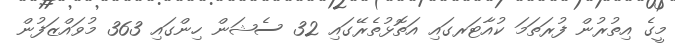
މީގެ އިތުރުން ފުރަތަމަ ކުއާޓަރގައި އަތޮޅުތެރޭގައި 32 ސެޝަން ހިންގައި 363 މުވައްޒަފުން